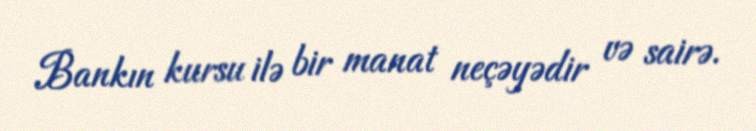
Bankın kursu ilə bir manat neçəyədir və sairə.